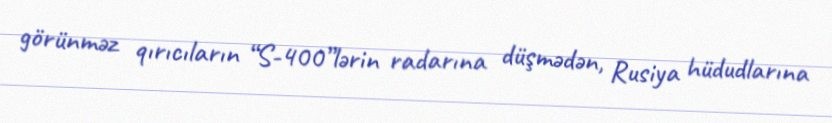
görünməz qırıcıların “S-400”lərin radarına düşmədən, Rusiya hüdudlarına